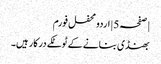
| صفحہ 5 | اردو محفل فورم
بھنڈی بنانے کے ٹوٹکے درکار ہیں۔